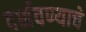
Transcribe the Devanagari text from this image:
दर्शवण्याचे